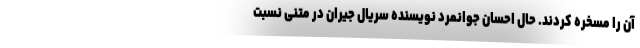
آن را مسخره کردند. حال احسان جوانمرد نویسنده سریال جیران در متنی نسبت